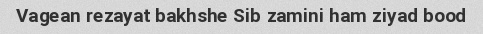
Vagean rezayat bakhshe Sib zamini ham ziyad bood